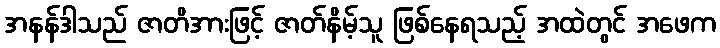
အနန်ဒါသည် ဇာတိအားဖြင့် ဇာတ်နိမ့်သူ ဖြစ်နေရသည့် အထဲတွင် အဖေက